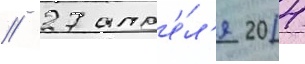
// 27 апр'е́л'я 2014